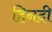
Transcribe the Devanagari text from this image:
हिनदी